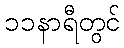
၁၁နာရီတွင်